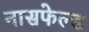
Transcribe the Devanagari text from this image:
नासफेल्ड